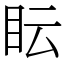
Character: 眃